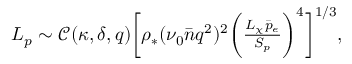
\begin{array} { r } { L _ { p } \sim \mathcal { C } ( \kappa , \delta , q ) \bigg [ \rho _ { * } ( \nu _ { 0 } \bar { n } q ^ { 2 } ) ^ { 2 } \bigg ( \frac { L _ { \chi } \bar { p } _ { e } } { S _ { p } } \bigg ) ^ { 4 } \bigg ] ^ { 1 / 3 } , } \end{array}